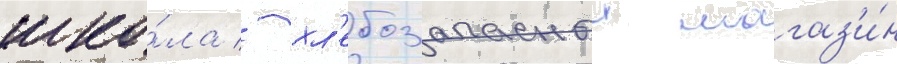
шко́ла / хл'ебозапасныи магаз'и́н